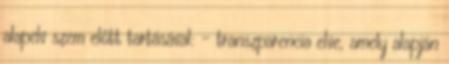
alapelv szem előtt tartásával: - transzparencia elve, amely alapján